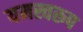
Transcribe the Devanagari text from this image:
यमस्वरूप